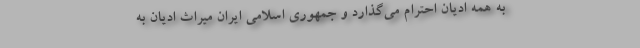
به همه ادیان احترام می‌گذارد و جمهوری اسلامی ایران میراث ادیان به